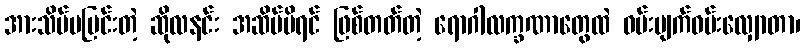
အားသိပ်မပြင်းတဲ့ ဆိုလနင်း အဆိပ်မိရင် ဖြစ်တတ်တဲ့ ရောဂါလက္ခဏာတွေထဲ ဝမ်းပျက်ဝမ်းလျှောတာ၊